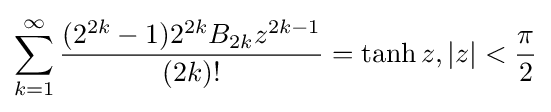
\sum _{k=1}^{\infty }{\frac {(2^{2k}-1)2^{2k}B_{2k}z^{2k-1}}{(2k)!}}=\tanh z,|z|<{\frac {\pi }{2}}